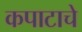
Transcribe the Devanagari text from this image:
कपाटाचे